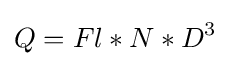
Q=Fl*N*D^{3}